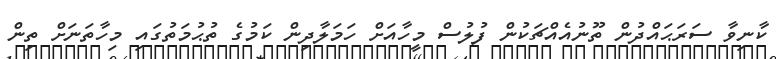
ކާނިވާ ސަރަޙައްދުން ތޫނުއެއްޗަކުން ފުލުސް މީހާއަށް ހަމަލާދިން ކަމުގެ ތުޙުމަތުގައި މިހާތަނަށް ތިން